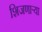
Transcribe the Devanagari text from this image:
शिजणार्‍या